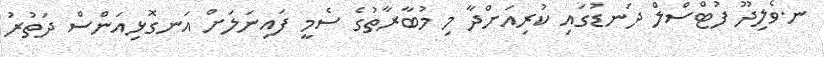
ނ.ވެލިދޫ ފުޓްސްލް ދަނޑުގައި ކުރިއަށްދާ މި މުބާރާތުގެ ސެމީ ފައިނަލަށް އަނގޮޅިއަންސް ދަތުރު